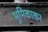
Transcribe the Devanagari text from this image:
भूमिकाकर